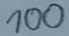
Text: 100